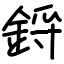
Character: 鋝